Leprosy in India: report of the Leprosy Commission in India, 1890-91
Year: 1890
Disease focus: Leprosy
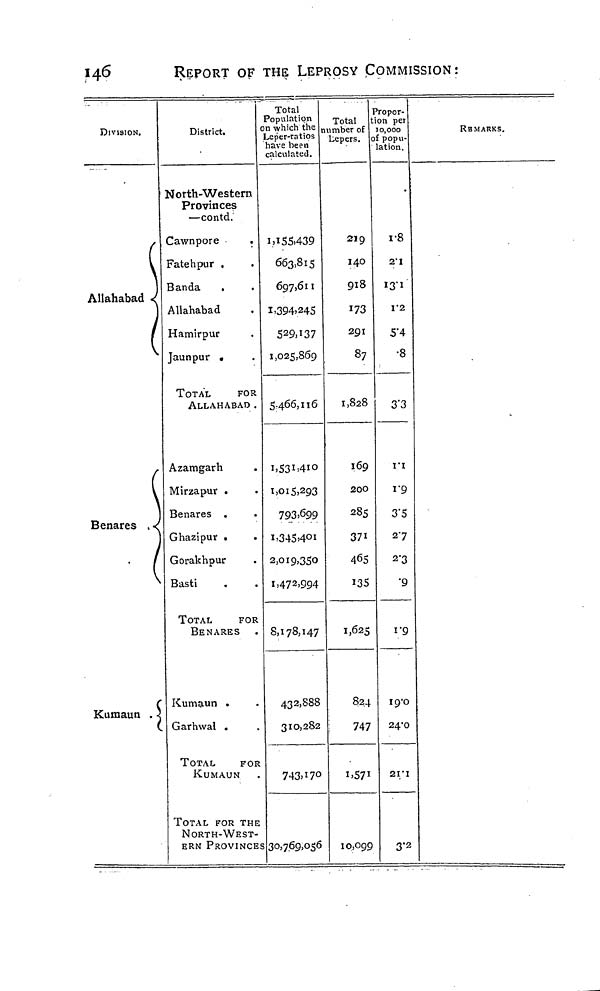
146
REPORT OF THE LEPROSY COMMISSION:
DIVISION.
Allahabad
Benares
Kumaun
District.
North-Western
Provinces
—contd.
Cawnpore
Fatehpur .
Banda
Allahabad
Hamirpur
Jaunpur •
TOTAL
FOR
ALLAHABAD .
Azamgarh
Mirzapur .
Benares .
Ghazipur •
Gorakhpur
Basti
TOTAL
FOR
BENARES
Kumaun •
Garhwal .
TOTAL
FOR
KUMAUN
TOTAL FOR THE
NORTH-WEST-
ERN PROVINCE
Total
Population
on which the
Leper-ratios
have been
calculated.
1,155,439
663,815
697,611
1,394.245
529,137
1,025,869
5,466,116
1,531,410
1,015,293
793.699
1,345,401
2,019,350
1,472,994
8,178,147
432,888
310,282
743,170
30,769,056
Total
nmber of
Lepers.
219
140
918
173
291
87
1,828
169
200
285
371
465
135
1,625
824
;
747
1.571
10,099
Propor-
on pet
10,000
of Popu-
lation.
r8
2.1
13.1
1.2
5.4
.8
3.3
1.1
V9
3.5
2.7
2.3
.9
1.9
19.0
24.0
21.1
3.2
REMARKS.